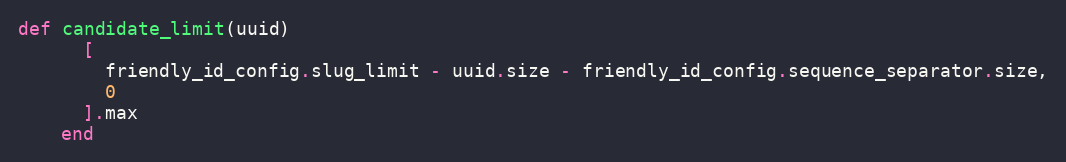
Language: Ruby
def candidate_limit(uuid)
      [
        friendly_id_config.slug_limit - uuid.size - friendly_id_config.sequence_separator.size,
        0
      ].max
    end